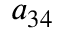
a _ { 3 4 }